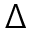
\Delta